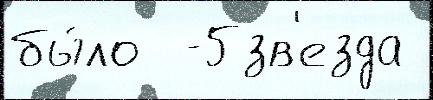
бы́ло  -5зв'езда